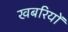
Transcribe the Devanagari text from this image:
खबरियों